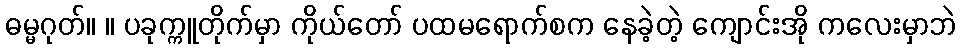
ဓမ္မဂုတ်။ ။ ပခုက္ကူတိုက်မှာ ကိုယ်တော် ပထမရောက်စက နေခဲ့တဲ့ ကျောင်းအို ကလေးမှာဘဲ